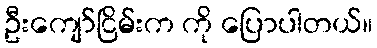
ဦးကျော်ငြိမ်းက ကို ပြောပါတယ်။